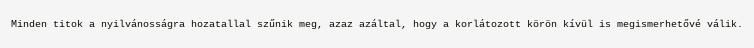
Minden titok a nyilvánosságra hozatallal szűnik meg, azaz azáltal, hogy a korlátozott körön kívül is megismerhetővé válik.